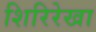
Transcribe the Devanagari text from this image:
शिरिरेखा